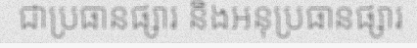
ជាប្រធានផ្សារ និងអនុប្រធានផ្សារ